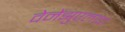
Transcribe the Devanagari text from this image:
वेनेंझुएलाचा